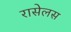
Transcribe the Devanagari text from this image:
रासेलस